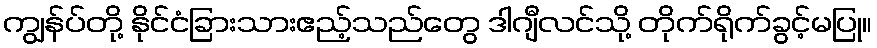
ကျွန်ပ်တို့ နိုင်ငံခြားသားဧည့်သည်တွေ ဒါဂျီလင်သို့ တိုက်ရိုက်ခွင့်မပြု။